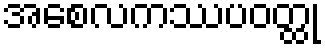
အစေလကဿပဝတ္ထု